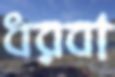
ধরবা